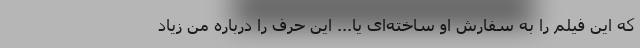
که این فیلم را به سفارش او ساخته‌ای یا... این حرف را درباره من زیاد